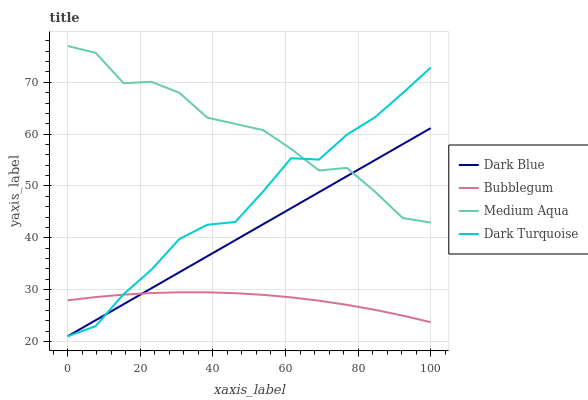
| xaxis_label | Dark Blue | Bubblegum | Medium Aqua | Dark Turquoise |
 | --- | --- | --- | --- | --- |
 | 0 | 21 | 27.9 | 77 | 21 |
 | 7.69 | 24.1 | 28.6 | 75.7 | 23 |
 | 15.4 | 27.2 | 29 | 69.8 | 29.1 |
 | 23.1 | 30.3 | 29.3 | 70.1 | 33.8 |
 | 30.8 | 33.4 | 29.5 | 68 | 39.8 |
 | 38.5 | 36.4 | 29.5 | 63.2 | 42.5 |
 | 46.2 | 39.5 | 29.3 | 62 | 43 |
 | 53.8 | 42.6 | 29 | 60.8 | 48.9 |
 | 61.5 | 45.7 | 28.5 | 57.2 | 55.3 |
 | 69.2 | 48.8 | 27.9 | 53 | 55.1 |
 | 76.9 | 51.9 | 27.1 | 53.5 | 59.9 |
 | 84.6 | 55 | 26.1 | 48.9 | 63.2 |
 | 92.3 | 58.1 | 25 | 43.8 | 67.9 |
 | 100 | 61.1 | 23.7 | 42.9 | 72.8 |